Annual report on the mental hospital in the Central Provinces and Berar (Nagpur) - 1927-1951
Year: 1927
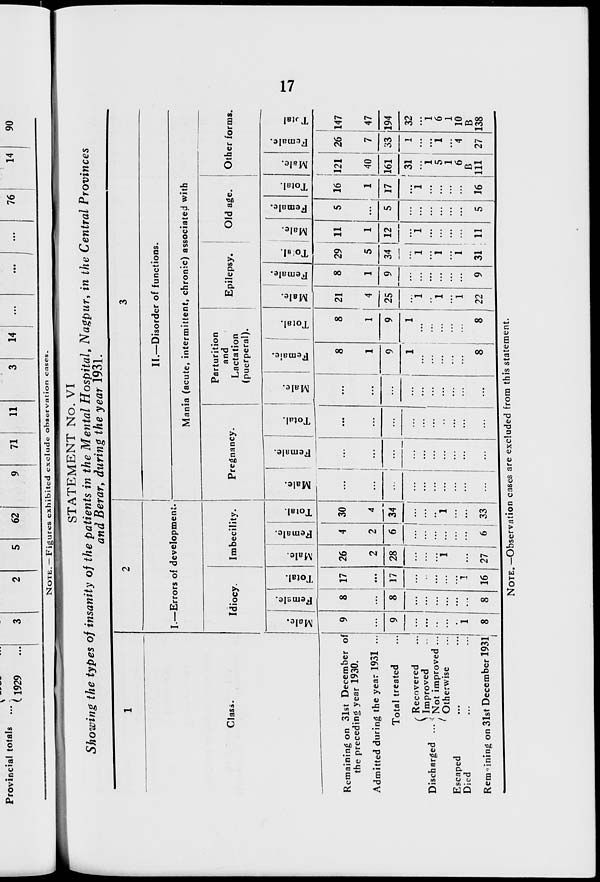
17
STATEMENT No. VI
Showing the types of insanity of the patients in the Mental Hospital, Nagpur, in the Central Provinces
and Berar, during the year 1931.
1
Class.
Remaining on 31st December of
the preceding year 1930.
Admitted during the year 1931 ...
Total treated ...
Discharged ...
Recovered ...
Improved ...
Not improved ...
Otherwise ...
Escaped ... ...
Died
...
...
Remaining on 31st December 1931
2
I.—Errors of development.
Idiocy.
Male.
9
...
9
...
...
...
...
...
1
8
Female.
8
...
8
...
...
...
...
...
...
8
Total.
17
...
17
...
...
...
...
...
1
16
Imbecility.
Male.
26
2
28
...
...
...
1
...
...
27
Female.
4
2
6
...
...
...
...
...
...
6
Total.
30
4
34
...
...
...
1
...
...
33
3
II.—Disorder of functions.
Mania (acute, intermittent, chronic) associated with
Pregnancy.
Male.
...
...
...
...
...
...
...
...
...
...
Female.
...
...
...
...
...
...
...
...
...
...
Total.
...
...
...
...
...
...
...
...
...
...
Parturition
and
Lactation
(puerperal).
Male.
...
...
...
...
...
...
...
...
...
...
Female.
8
1
9
1
...
...
...
...
...
8
Total.
8
1
9
1
...
...
...
...
...
8
Epilepsy.
Male.
21
4
25
...
1
...
1
...
1
22
Female.
8
1
9
...
...
...
...
...
...
9
Total.
29
5
34
...
1
...
1
... 1
31
Old age.
Male.
11
1
12
...
1
...
...
...
...
11
Female.
5
...
5
...
...
...
...
...
...
5
Total.
16
1
17
...
1
...
...
...
...
16
Other forms.
Male.
121
40
161
31
...
1
5
1
6
B
111
Female.
26
7
33
1
...
...
1
...
4
27
Total.
147
47
194
32
...
1
6
1
10
B
138
NOTE.—Observation cases are excluded from this statement.